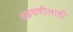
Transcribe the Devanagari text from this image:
वळचणीलाही